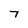
Character: 7